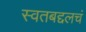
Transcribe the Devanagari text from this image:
स्वतबद्दलचं